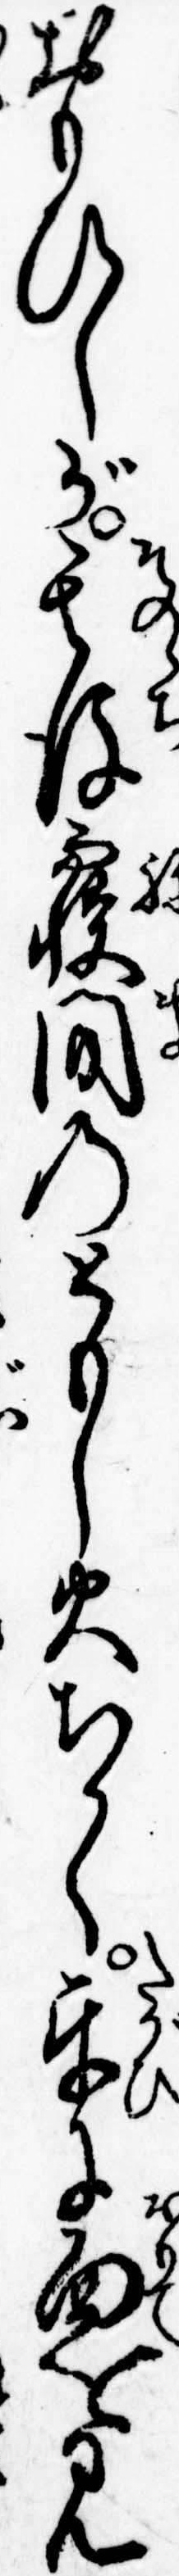
おもひしが其後寝間のともし火ちかく互に面を見